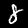
Digit: 8